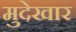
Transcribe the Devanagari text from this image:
मुदेखार